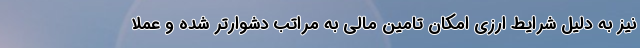
نیز به دلیل شرایط ارزی امکان تامین مالی به مراتب دشوارتر شده و عملا